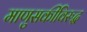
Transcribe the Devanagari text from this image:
माणुसकीविरुद्ध